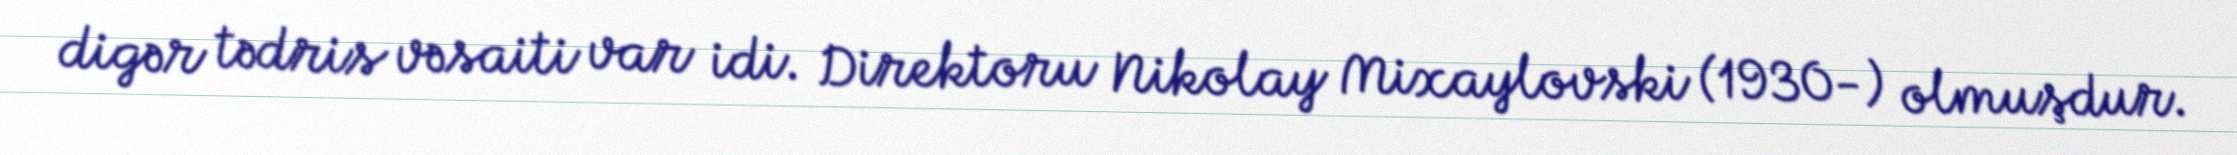
digər tədris vəsaiti var idi. Direktoru Nikolay Mixaylovski (1930-) olmuşdur.